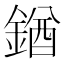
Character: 𨩊